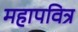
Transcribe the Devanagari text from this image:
महापवित्र